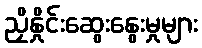
ညှိနှိုင်းဆွေးနွေးမှုများ